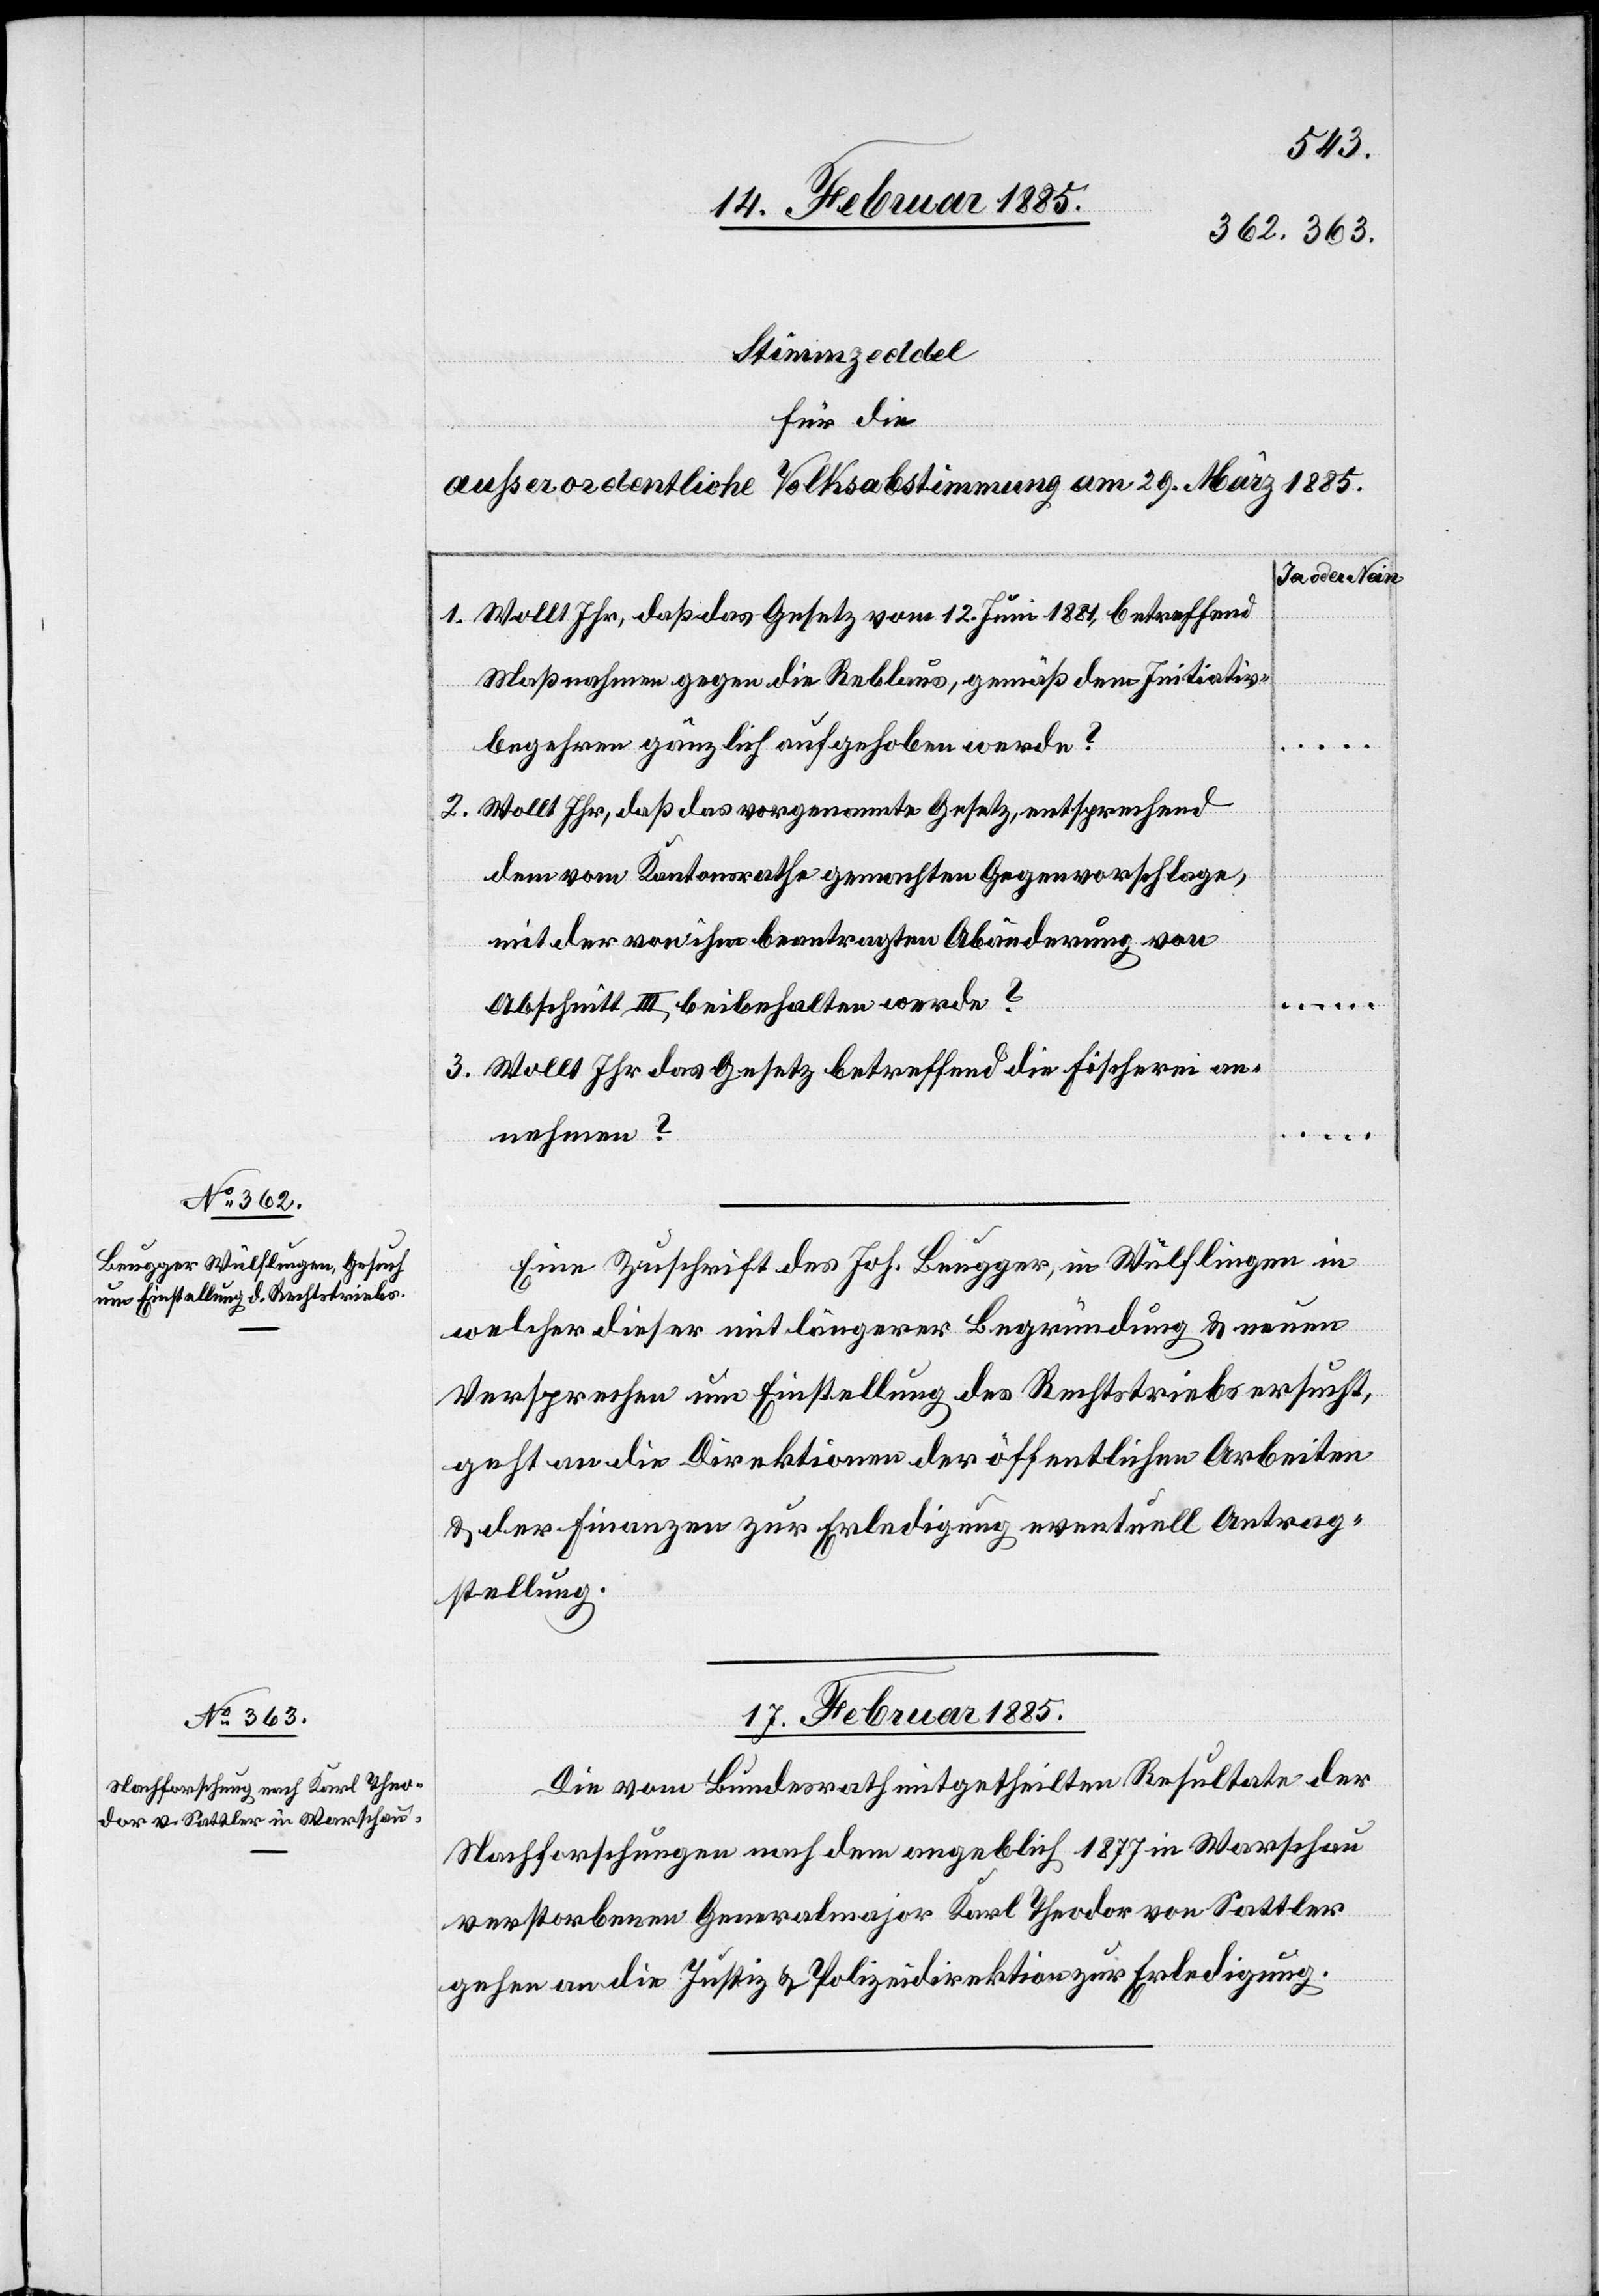
……
16. Februar 1885.]
für die
außerordentliche Volksabstimmung am 29. März 1885.
Ja oder Nein
Wollt Ihr, daß das Gesetz vom 12. Juni 1881, betreffend
Maßnahmen gegen die Reblaus, gemäß dem Initiativ¬
begehren gänzlich aufgehoben werde?
Wollt Ihr, daß das vorgenannte Gesetz, entsprechend
dem vom Kantonsrathe gemachten Gegenvorschlage,
mit der von ihm beantragten Abänderung von
Abschnitt III, beibehalten werde?
Wollt Ihr das Gesetz betreffend die Fischerei an¬
nehmen?
Eine Zuschrift des Joh. Beugger, in Wülflingen in
welcher dieser mit längerer Begründung & neuen
Versprechen um Einstellung des Rechtstriebs ersucht,
geht an die Direktion der öffentlichen Arbeiten
& der Finanzen zur Erledigung eventuell Antrag¬
stellung.
17. Februar 1885.
Die vom Bundesrath mitgetheilten Resultate der
……
Nachforschungen nach dem angeblich 1877 in Warschau
verstorbenen Generalmajor Karl Theodor von Sattler
gehen an die Justiz- & Polizeidirektion zur Erledigung.